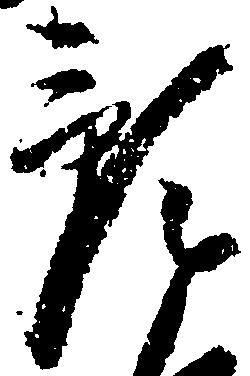
預